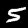
Digit: 5